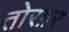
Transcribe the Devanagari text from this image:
तोरग़र